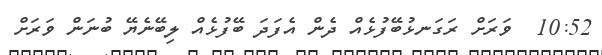
10:52  ވަރަށް ރަގަނޅުބޭފުޅެއް ދެން އެފަދަ ބޭފުޅެއް ލިބޭނެޔޭ ބުނަން ވަރަށް